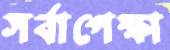
সর্বাপেক্ষা